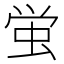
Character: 蛍